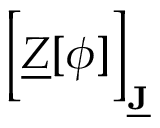
\Big [ \underline { { Z } } [ \boldsymbol { \phi } ] \Big ] _ { \underline { { \mathbf { J } } } }